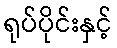
ရုပ်ပိုင်းနှင့်